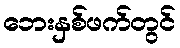
ဘေးနှစ်ဖက်တွင်